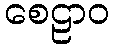
စေဠာဝ